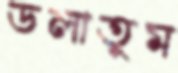
ডলাতুম